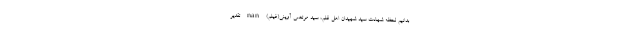
بدانیم لحظه شهادت سید شهیدان اهل قلم، سید مرتضی آوینی(فیلم) nan تقدیر